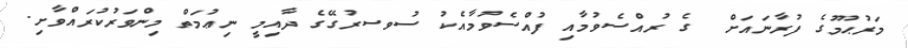
މަރުޙޫމުގެ ފުރާނައަށް  ގެ ރުއްސެވުމާއި ފުއްސެވުމާއެކު ސުވސރުގޭގެ ދާއިމީ ނިޢުމަތް މިންވަރުކުރައްވާށި.